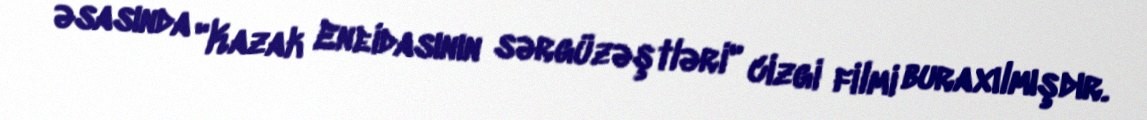
əsasında "Kazak Eneidasının sərgüzəştləri" cizgi filmi buraxılmışdır.